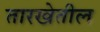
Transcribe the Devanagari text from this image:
तारखेतील